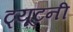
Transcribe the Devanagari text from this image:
ट्यूटनी